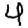
Digit: 4